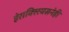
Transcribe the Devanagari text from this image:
हेराक्लियसनेही